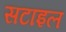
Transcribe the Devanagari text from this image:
सटाइल